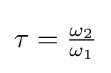
{\textstyle \tau ={\tfrac {\omega _{2}}{\omega _{1}}}}